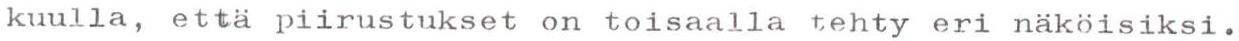
kuulla, että piirustukset on toisaalla tehty eri näköisiksi.